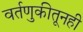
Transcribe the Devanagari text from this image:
वर्तणुकीतूनही